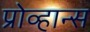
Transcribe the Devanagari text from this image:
प्रोव्हान्स